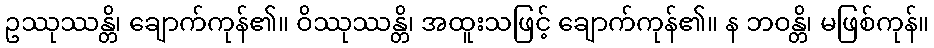
ဥဿုဿန္တိ၊ ချောက်ကုန်၏။ ဝိဿုဿန္တိ၊ အထူးသဖြင့် ချောက်ကုန်၏။ န ဘဝန္တိ၊ မဖြစ်ကုန်။